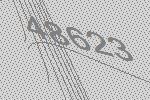
48623